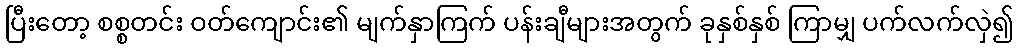
ပြီးတော့ စစ္စတင်း ဝတ်ကျောင်း၏ မျက်နှာကြက် ပန်းချီများအတွက် ခုနှစ်နှစ် ကြာမျှ ပက်လက်လှဲ၍